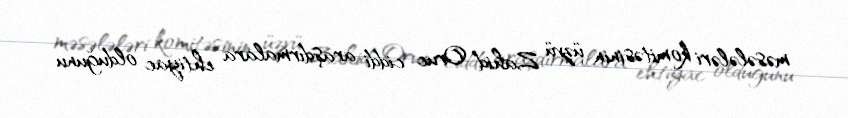
məsələləri komitəsinin üzvü Zahid Oruc ciddi araşdırmalara ehtiyac olduğunu